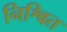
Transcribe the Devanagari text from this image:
निश्वित